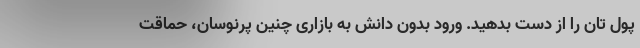
پول تان را از دست بدهید. ورود بدون دانش به بازاری چنین پرنوسان، حماقت